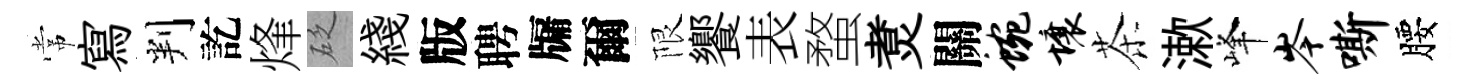
常寫判訖烽砭綫版聘牖爾限饗表蝥煑關蜿壤茶漱峰岑嘶腰